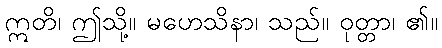
ဣတိ၊ ဤသို့။ မဟေသိနာ၊ သည်။ ဝုတ္တာ၊ ၏။